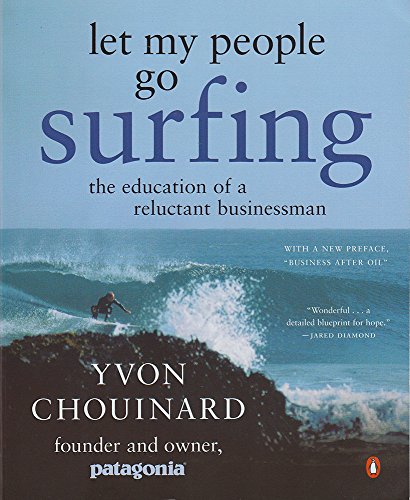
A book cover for Let My People Go Surfing: The Education of a Reluctant Businessman; Yvon Chouinard; Business & Money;